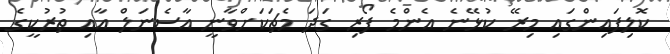
ކޮލިފައިންގައި މިރޭ ކުޅޭނެ އެންމެ ފޯރި ގަދަ މެޗަކަށްވާނީ އާސެނަލް އާއި ތުރުކީގެ